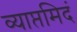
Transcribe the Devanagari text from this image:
व्याप्तमिदं